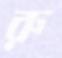
রু